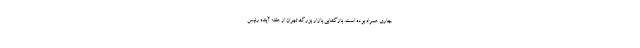
جاری همراه بوده است. بازگشایی بازار بزرگ تهران از هفته آینده رئیس